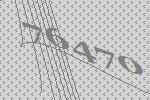
76470